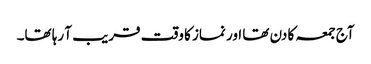
آج جمعہ کا دن تھا اور نماز کا وقت قریب آ رہا تھا۔